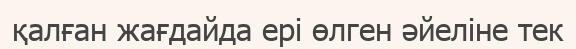
қалған жағдайда ері өлген әйеліне тек